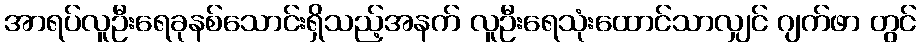
အာရပ်လူဦးရေခုနစ်သောင်းရှိသည့်အနက် လူဦးရေသုံးထောင်သာလျှင် ဂျက်ဖာ တွင်